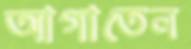
আগাতেন